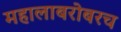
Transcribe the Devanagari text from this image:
महालाबरोबरच